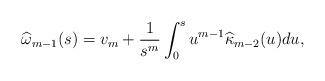
LaTeX: \begin{align*}\widehat{\omega}_{m-1}(s) = v_m+ \frac 1 {s^m}\int_0^s u^{m-1}\widehat{\kappa}_{m-2}(u)du,\end{align*}